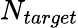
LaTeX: N_{target}